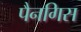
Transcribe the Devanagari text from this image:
पैनगिस